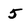
Character: 5